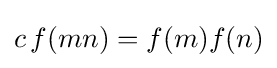
c\,f(mn)=f(m)f(n)